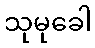
သုမုခေါ